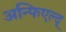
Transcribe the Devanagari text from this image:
अन्फिएल्द्